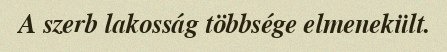
A szerb lakosság többsége elmenekült.